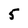
Character: 5